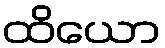
ထိယော